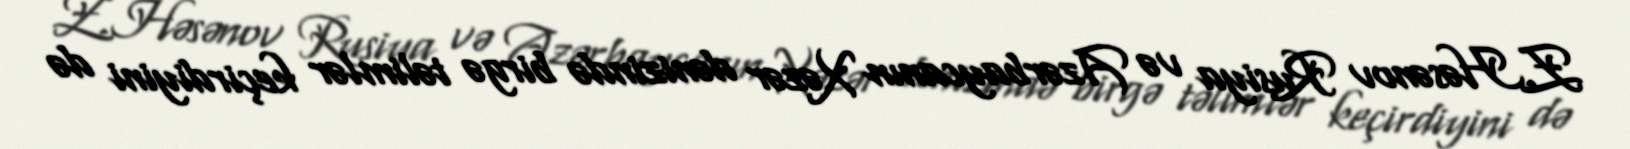
Z.Həsənov Rusiya və Azərbaycanın Xəzər dənizində birgə təlimlər keçirdiyini də